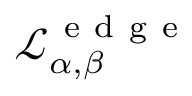
\mathcal { L _ { \alpha , \beta } ^ { \mathrm { ~ e ~ d ~ g ~ e ~ } } }